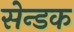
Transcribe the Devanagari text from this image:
सेन्डक